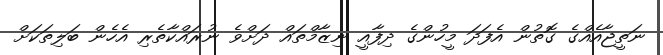
ނަތީޖާއެއްގެ ގޮތުން އެފަދަ މީހުންގެ ދިފާއީ ނިޒާމްތައް ދަށްވެ ނުރައްކާތެރި އެހެން ބަލިތަކަށް